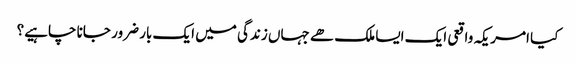
کیا امریکہ واقعی ایک ایسا ملک ھے جہاں زندگی میں ایک بار ضرور جانا چاہیے؟